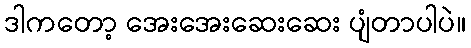
ဒါကတော့ အေးအေးဆေးဆေး ပျံတာပါပဲ။